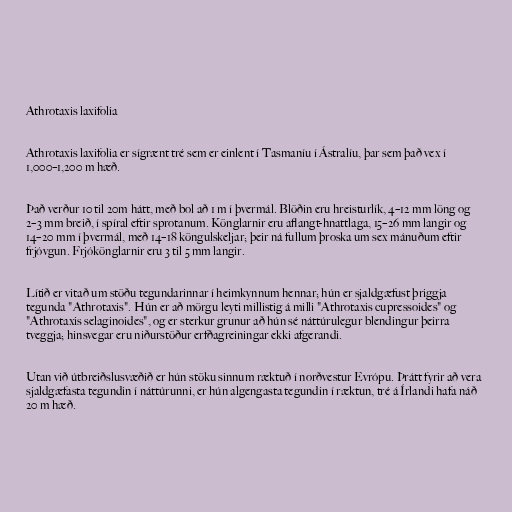
Athrotaxis laxifolia

Athrotaxis laxifolia er sígrænt tré sem er einlent í Tasmaníu í Ástralíu, þar sem það vex í
1,000–1,200 m hæð.

Það verður 10 til 20m hátt, með bol að 1 m í þvermál. Blöðin eru hreisturlík, 4–12 mm löng og
2–3 mm breið, í spíral eftir sprotanum. Könglarnir eru aflangt-hnattlaga, 15–26 mm langir og
14–20 mm í þvermál, með 14–18 köngulskeljar; þeir ná fullum þroska um sex mánuðum eftir
frjóvgun. Frjókönglarnir eru 3 til 5 mm langir.

Lítið er vitað um stöðu tegundarinnar í heimkynnum hennar; hún er sjaldgæfust þriggja
tegunda "Athrotaxis". Hún er að mörgu leyti millistig á milli "Athrotaxis cupressoides" og
"Athrotaxis selaginoides", og er sterkur grunur að hún sé náttúrulegur blendingur þeirra
tveggja; hinsvegar eru niðurstöður erfðagreiningar ekki afgerandi.

Utan við útbreiðslusvæðið er hún stöku sinnum ræktuð í norðvestur Evrópu. Þrátt fyrir að vera
sjaldgæfasta tegundin í náttúrunni, er hún algengasta tegundin í ræktun, tré á Írlandi hafa náð
20 m hæð.